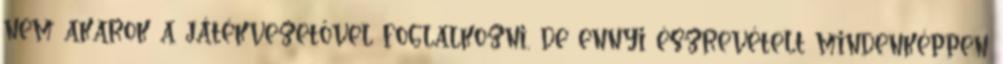
nem akarok a játékvezetővel foglalkozni, de ennyi észrevételt mindenképpen